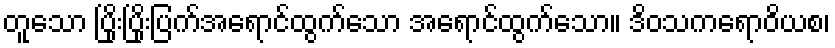
တူသော ပြိုးပြိုးပြက်အရောင်ထွက်သော အရောင်ထွက်သော။ ဒိဝသကရောဝိယစ၊